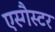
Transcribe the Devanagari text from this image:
एस्गैस्टर